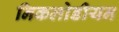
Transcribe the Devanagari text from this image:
निकलोडीयन